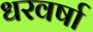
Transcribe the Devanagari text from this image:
धरवर्षा